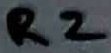
Text: R2